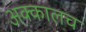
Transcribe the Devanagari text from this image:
अक्कालच